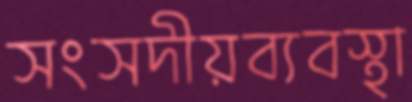
সংসদীয়ব্যবস্থা